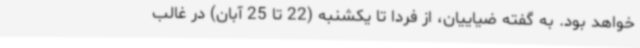
خواهد بود. به گفته ضیاییان، از فردا تا یکشنبه (22 تا 25 آبان) در غالب